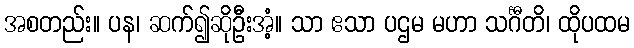
အစတည်း။ ပန၊ ဆက်၍ဆိုဦးအံ့။ သာ ဧသာ ပဌမ မဟာ သင်္ဂီတိ၊ ထိုပထမ